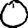
Digit: 0